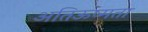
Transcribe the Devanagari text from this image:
अतिऊष्मता